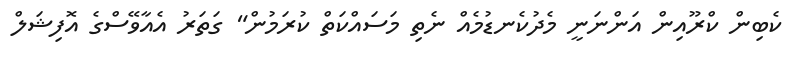
ކެބިން ކްރޫއިން އަންނަނީ މެދުކެނޑުމެއް ނެތި މަސައްކަތް ކުރަމުން" ގަތަރު އެއާވޭސްގެ އޮފިޝަލް